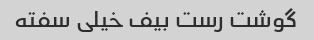
گوشت رست بیف خیلی سفته